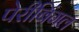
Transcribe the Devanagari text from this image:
पेरीबिंगल